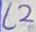
Text: L2